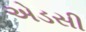
એડસી